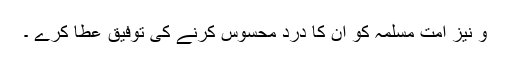
و نیز امت مسلمہ کو ان کا درد محسوس کرنے کی توفیق عطا کرے ۔